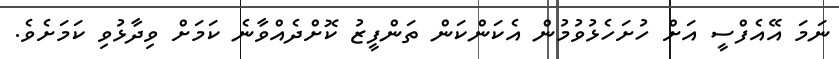
ނަމަ އޭއެފްސީ އަށް ހުށަހެޅުވުމުން އެކަންކަން ތަންފީޒު ކޮށްދެއްވާނެ ކަމަށް ވިދާޅުވި ކަމަށެވެ.